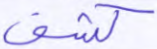
كشف